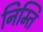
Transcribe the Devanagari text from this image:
निम्ति